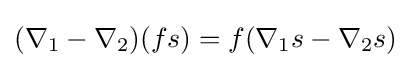
(\nabla _{1}-\nabla _{2})(fs)=f(\nabla _{1}s-\nabla _{2}s)